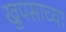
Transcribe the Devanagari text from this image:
खुपसाच्या